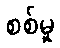
စစ်မှု